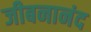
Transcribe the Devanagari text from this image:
जीबनानंद